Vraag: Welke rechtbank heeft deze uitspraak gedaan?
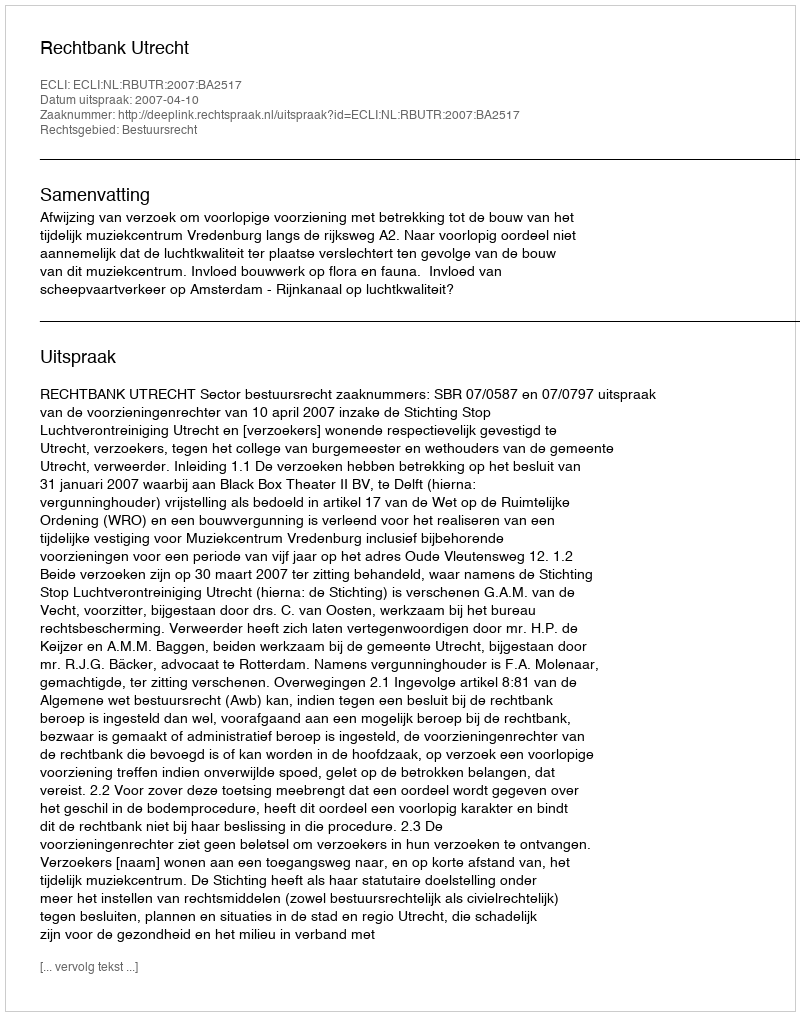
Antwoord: Rechtbank Utrecht